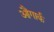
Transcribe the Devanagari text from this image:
औंगार्क